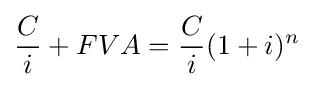
{\frac {C}{i}}+FVA={\frac {C}{i}}(1+i)^{n}